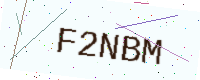
Text: F2NBM